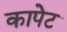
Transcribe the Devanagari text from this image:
कापेट